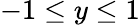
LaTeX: -1\leq y\leq 1